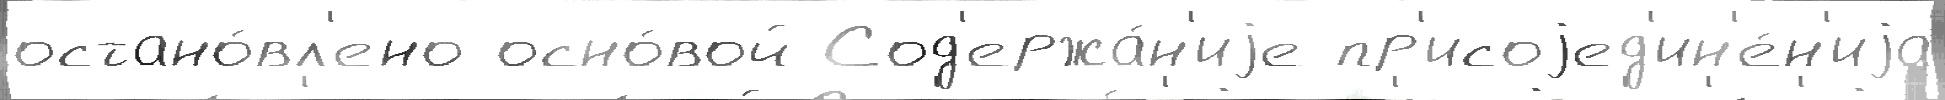
остано́вл'ено осно́вой Сод'ержа́н'иjе пр'исоjед'ин'е́н'иjа